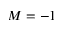
M = - 1